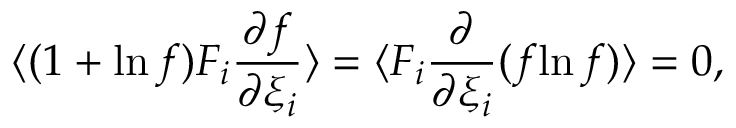
\langle ( 1 + { \ln f } ) F _ { i } \frac { \partial f } { \partial \xi _ { i } } \rangle = \langle F _ { i } \frac { \partial } { \partial \xi _ { i } } ( f { \ln f } ) \rangle = 0 ,